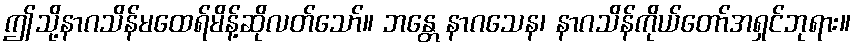
ဤသို့နာဂသိန်မထေရ်မိန့်ဆိုလတ်သော်။ ဘန္တေ နာဂသေန၊ နာဂသိန်ကိုယ်တော်အရှင်ဘုရား။